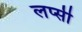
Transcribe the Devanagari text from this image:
लप्सी